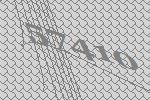
57410